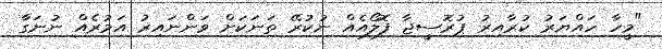
"މީހާ ހައްޔަރު ކުރާއިރު ޕުރޮސީޖާ ފޮލޯއެއް ނުކުރޭ ތަނަކަށް ވަންނައިރު އަމުރެއް ނުނަގާ